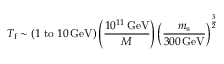
T _ { \mathrm { f } } \sim \left( 1 \; \mathrm { t o } \; 1 0 \, \mathrm { G e V } \right) \left( \frac { 1 0 ^ { 1 1 } \, \mathrm { G e V } } { M } \right) \left( \frac { m _ { \mathrm { s } } } { 3 0 0 \, \mathrm { G e V } } \right) ^ { \frac { 3 } { 2 } }